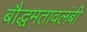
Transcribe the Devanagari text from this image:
बौद्धमतावलंबी